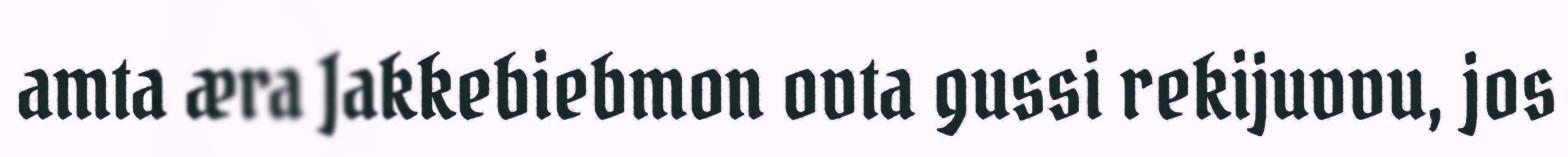
amta æra Jakkebiebmon ovta gussi rekijuvvu, jos